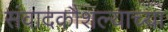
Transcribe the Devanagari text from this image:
संवादकौशल्याच्या